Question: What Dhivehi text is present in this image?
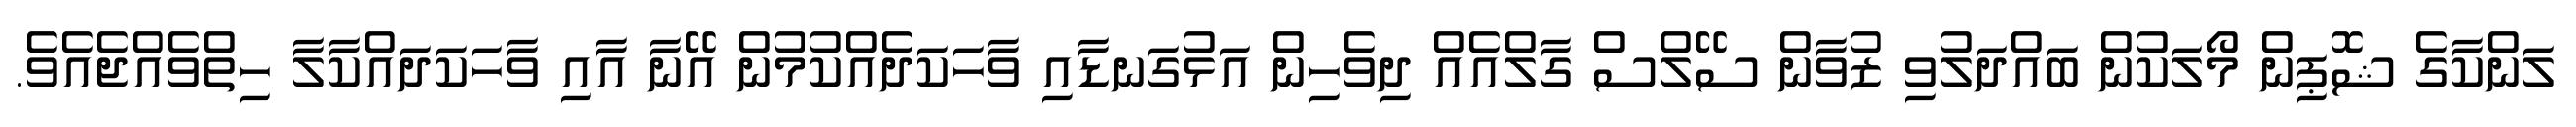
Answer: ލަންކާގެ ޝޮޕިން މޯލަކުން ބައްދަލުވި ޒުވާން ސޭލްސް ގާލްއެއް ދިވެހިން އަޅުގަނޑާއި ވާހަކަދެއްކުމުން އޭނާ އާއި ވާހަކަދައްކާލާ ހިތްވެއްޖެއެވެ.